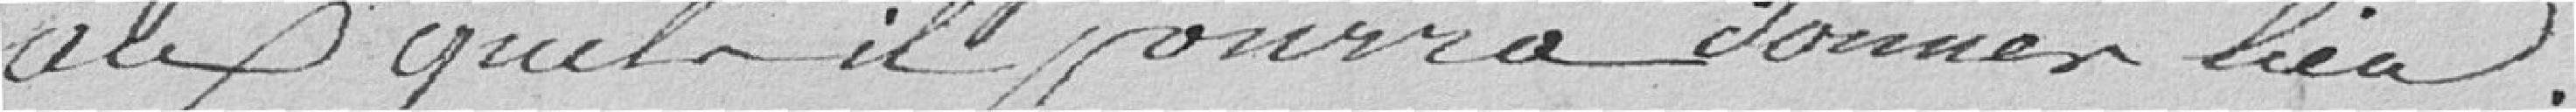
auxquels il pourra donner lieu.